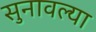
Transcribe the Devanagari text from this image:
सुनावल्या